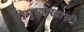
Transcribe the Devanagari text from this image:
गोमुखाखाली